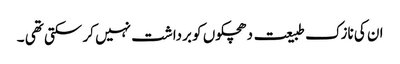
ان کی نازک طبیعت دھچکوں کو برداشت نہیں کر سکتی تھی ۔